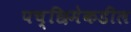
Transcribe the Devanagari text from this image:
पच्छिमेकडील